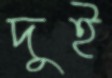
দুই